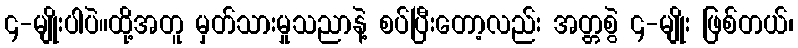
၄-မျိုးပါပဲ။ထို့အတူ မှတ်သားမှုသညာနဲ့ စပ်ပြီးတော့လည်း အတ္တစွဲ ၄-မျိုး ဖြစ်တယ်၊